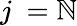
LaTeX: j~=\mathbb{N}